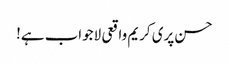
حسن پری کریم واقعی لاجواب ہے!